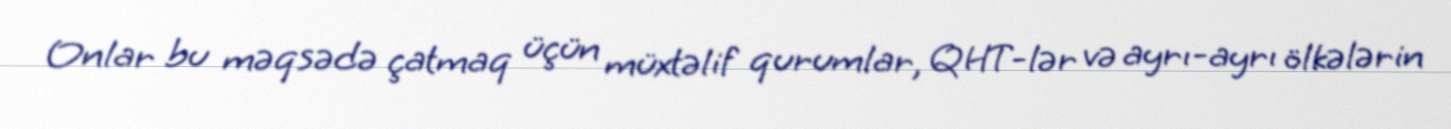
Onlar bu məqsədə çatmaq üçün müxtəlif qurumlar, QHT-lər və ayrı-ayrı ölkələrin